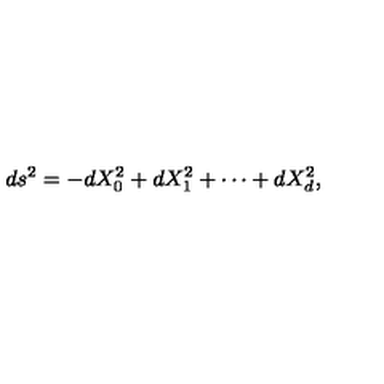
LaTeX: d s ^ { 2 } = - d X _ { 0 } ^ { 2 } + d X _ { 1 } ^ { 2 } + \cdots + d X _ { d } ^ { 2 } ,